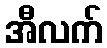
အီလက်